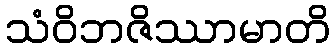
သံဝိဘဇိဿာမာတိ